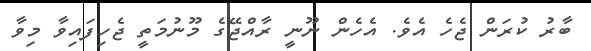
ބާރު ކުރަން ޖެހެ އެވެ. އެހެން ނޫނީ ރާއްޖޭގެ މޫނުމަތީ ޖެހިފައިވާ މިވާ